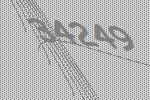
34249